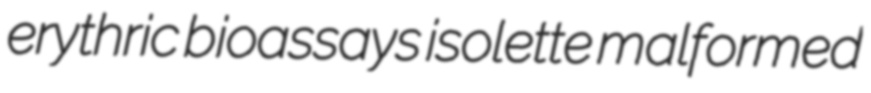
erythric bioassays isolette malformed